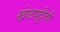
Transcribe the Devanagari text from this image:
खेळपट्टीची